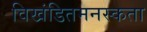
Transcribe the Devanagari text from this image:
विखंडितमनस्कता